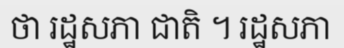
ថា រដ្ឋសភា ជាតិ ។ រដ្ឋសភា